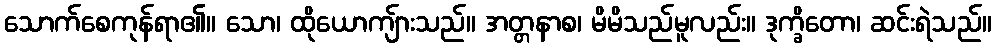
သောက်စေကုန်ရာ၏။ သော၊ ထိုယောကျ်ားသည်။ အတ္တနာစ၊ မိမိသည်မူလည်း။ ဒုက္ခိတော၊ ဆင်းရဲသည်။